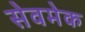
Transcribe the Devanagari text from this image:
सेवमेक